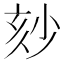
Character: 𡭹